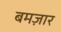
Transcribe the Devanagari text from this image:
बमज़ार